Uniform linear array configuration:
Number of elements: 24
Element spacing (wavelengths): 1
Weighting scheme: uniform
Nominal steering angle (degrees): -30
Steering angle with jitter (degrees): -28.017
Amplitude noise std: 0.05
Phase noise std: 0.05

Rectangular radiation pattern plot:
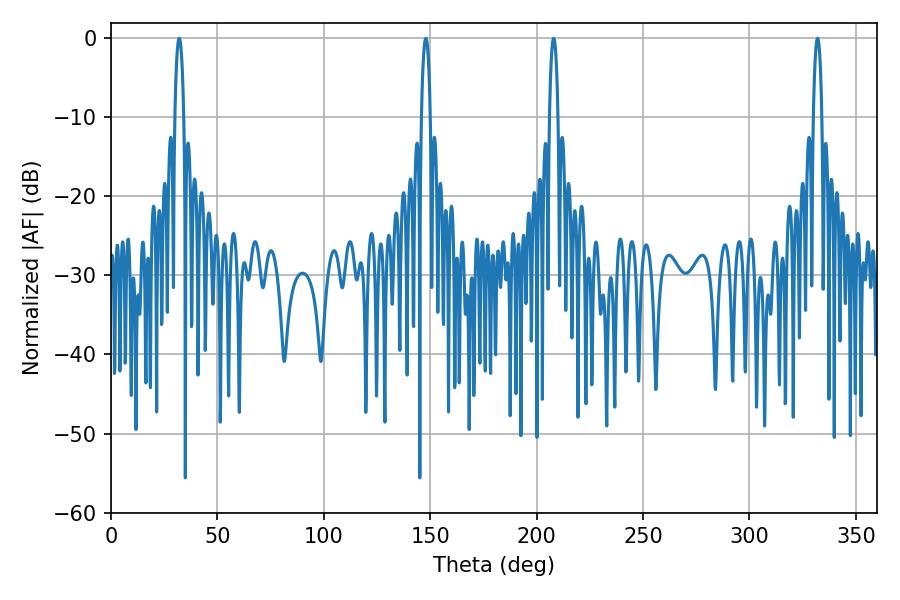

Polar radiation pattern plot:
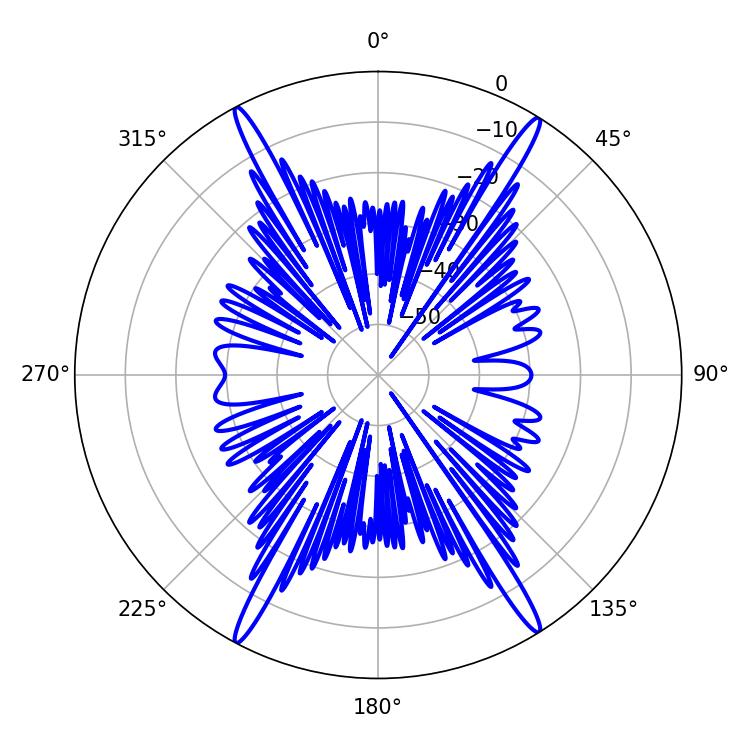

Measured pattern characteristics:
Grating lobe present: TRUE
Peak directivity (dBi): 24.114
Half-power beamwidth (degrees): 2.34
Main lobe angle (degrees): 32.04